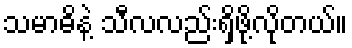
သမာဓိနဲ့ သီလလည်းရှိဖို့လိုတယ်။